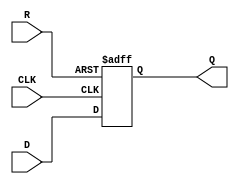
module neg_edge_d_ff (
    input wire D,
    input wire CLK,
    input wire R,
    output reg Q
);

always @ (negedge CLK or posedge R) begin
    if (R) begin
        Q <= 0; // Reset the output to 0
    end else begin
        Q <= D; // Store the value of D on negative edge of clock
    end
end

endmodule